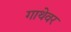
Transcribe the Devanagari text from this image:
गाथेवर